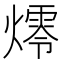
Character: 燯